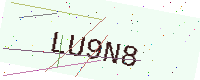
Text: LU9N8